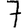
Digit: 7